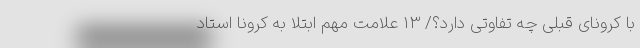
با کرونای قبلی چه تفاوتی دارد؟/ 13 علامت مهم ابتلا به کرونا استاد